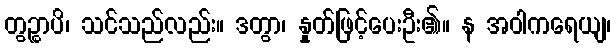
တွဉ္စာပိ၊ သင်သည်လည်း။ ဒတွာ၊ နှုတ်ဖြင့်ပေးဦး၏။ န အဝါကရေယျ၊